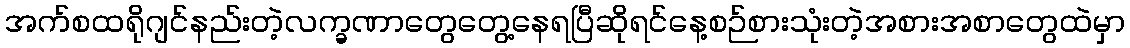
အက်စထရိုဂျင်နည်းတဲ့လက္ခဏာတွေတွေ့နေရပြီဆိုရင်နေ့စဉ်စားသုံးတဲ့အစားအစာတွေထဲမှာ